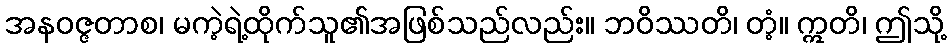
အနဝဇ္ဇတာစ၊ မကဲ့ရဲ့ထိုက်သူ၏အဖြစ်သည်လည်း။ ဘဝိဿတိ၊ တံ့။ ဣတိ၊ ဤသို့